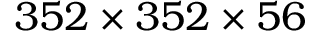
3 5 2 \times 3 5 2 \times 5 6